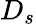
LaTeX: D_{s}